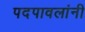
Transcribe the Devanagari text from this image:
पदपावलांनी